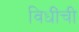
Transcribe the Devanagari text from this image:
विधींची